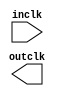
module PH2_CLK (
	inclk,
	outclk)/* synthesis synthesis_clearbox = 1 */;

	input	  inclk;
	output	  outclk;

endmodule